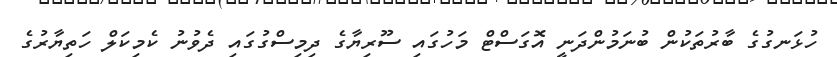
ހުޅަނގުގެ ބާރުތަކުން ބުނަމުންދަނީ އޮގަސްޓް މަހުގައި ސޫރިޔާގެ ދިމިސްގުގައި ދެވުނު ކެމިކަލް ހަތިޔާރުގެ